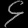
Digit: ၄